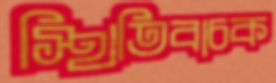
স্থিতিবাচক